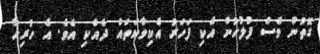
ގޮތުން ވެސް ފުލުހުން އެކި ފަހަރު އެކިވާކަތައް ދެއްކި އެވެ. އެ ހުރިހާ